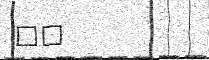
١٢